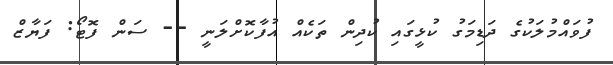
ފުވައްމުލަކުގެ ދަޑިމަގު ކުޅީގައި ކުދިން ތަކެއް އުފާކޮށްލަނީ -- ސަން ފޮޓޯ: ފަޔާޒް